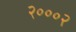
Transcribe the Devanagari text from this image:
२०००२